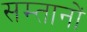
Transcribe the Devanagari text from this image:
सम्तानों